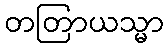
တတြာယသ္မာ